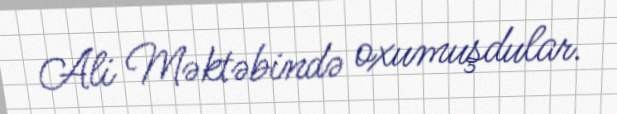
Ali Məktəbində oxumuşdular.